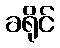
ခရိုင်